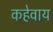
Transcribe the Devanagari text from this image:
कहेवाय